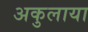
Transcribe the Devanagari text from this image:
अकुलाया